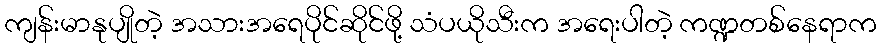
ကျန်းမာနုပျိုတဲ့ အသားအရေပိုင်ဆိုင်ဖို့ သံပယိုသီးက အရေးပါတဲ့ ကဏ္ဍတစ်နေရာက